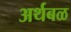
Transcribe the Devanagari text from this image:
अर्थबळ